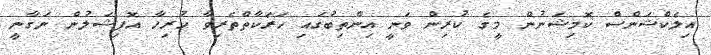
އިލެކްޝަންސް ކޮމިޝަނުން މީގެ ކުރިން ވަނީ އިންތިބުގައި ހަރަކާތްތެރިވާ ހުރިހާ އޮފިޝަލުން ނަގާނީ